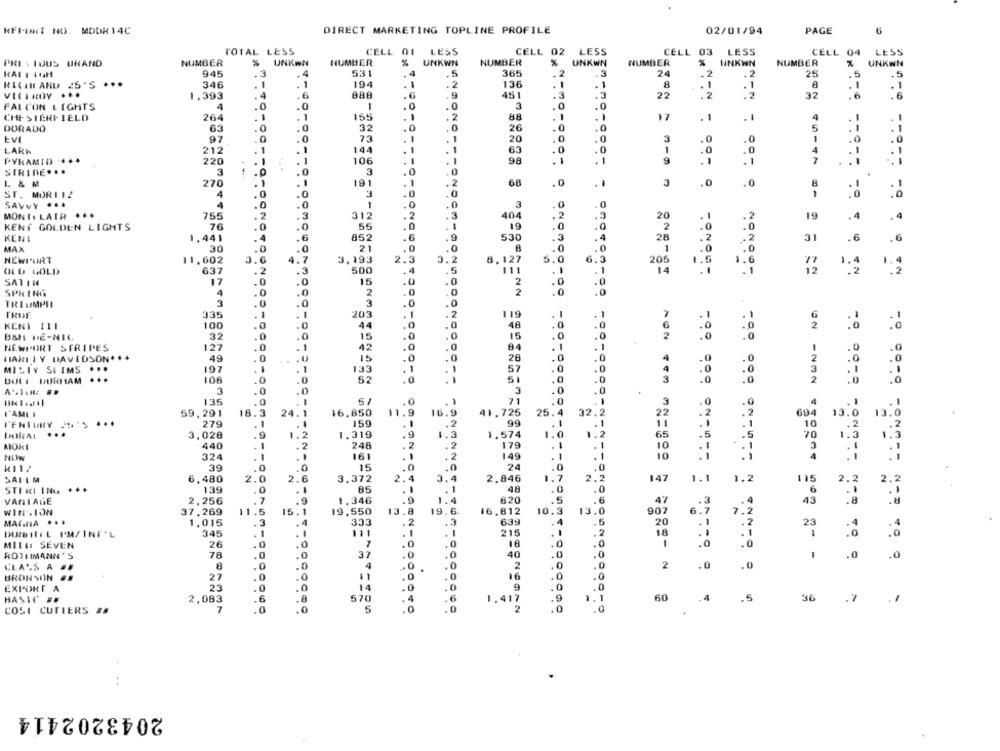
REPORT NO. MODR 14C
DIRECT MARKETING TOPLINE PROFILE
02/01/94
PAGE
6
TOTAL LESS
CELL 01
LESS
CELL 02
LESS
CELL 03 LESS
CELL 04
LESS
PRIS LJUS BRAND
NUMBER
UNKEN
NUMBER
UNKWN
NUMBER
UNKWN
NUMBER
UNKWN
NUMBER
UNKWN
RAL 1 16H
945
3
. 4
531
4
.5
365
12
3
24
. 2
.2
25
136
8
RICH AND 25'S ...
346
194
.2
.
1
.1
8
1.393
.
ABA
.9
451
22
. 2
.2
32
. 6
FALCON LIGHTS
4
.0
1
.0
3
CHESTERFIELD
264
1
165
88
17
. 1
4
. 1
DORADO
63
32
.0
.0
ONO
26
. 0
5
--
.0
. 1
97
73
-
1
20
.0
.0
.0
1
.0
.0
LARK
212
.
144
.
1
. 1
63
. 0
.0
1
.0
.0
4
. 1
.1
PYRAMID ....
220
106
.1
98
9
. 1
.1
7
.
STRINE ...
3
3
.0
L & M
270
.
191
.2
68
.0
..
3
0
ST. MORITZ
4
.0
.0
SAVVY ...
.0
1
3
.0
.0
MONTE LAIR
755
2
312
.2
.3
404
. 2
20
19
.4
.4
76
.O
.0
56
.0
.1
KENT GOLDEN LIGHTS
2
KENI
1.441
.6
852
.6
.9
530
. 4
28
.2
.2
31
.6
MAX
30
.0
21
.0
.0
.0
1
.0
.0
NEWIURT
11,602
1.7
3.193
2.3
3.2
8.127
5.
205
1.5
77
OLD GOLD
637
. 2
.3
500
.5
111
.
14
. 1
12
SATIN
17
.0
15
.0
.0
2
0
SPRINGS
4
0
2
.0
2
.0
.0
TRI ISMPIL
3
3
.0
TRUF
335
203
. 2
119
1
.0
44
48
KENT 111
100
.0
.0
BSH DE-NIC
32
.0
15
.0
15
2
127
42
84
NEWPORT STRIPES
.0
.0
HIAKI ŁY DAVIDSON++4
49
15
.0
26
.0
.0
4
MILTY SI IMS ..
197
133
-
. 1
57
.0
-
BOLI DURHAM
106
0
52
51
.0
3
3
3
.0
135
5
71
3
I'AMI I
59,291
18.3
24.
16.850
11.9
16.9
41.725
25.4
32.2
694
22
13.0
13.
L'ENTURY
279
159
.2
.99
11
10
. 2
3,020
.9
1.319
.9
1.3
1.574
1.0
65
70
440
2
248
179
.. 5
MOKI
-
. 2
10
324
161
. 1
.2
149
-
10
15
24
3º
.0
SAIL M
6,480
2.1
2.6
3.372
.4
3.4
2.846
1.7
2.
147
1.1
1.2
115
STE KI IN .. . ++
139
48
.0
2.2
.1
.1
6
VARIAGE
2,256
.7
1.346
.9
1.4
820
NOO
47
WIN. ION
11.5
19,550
13.8
19.6.
16.812
10.3
90
37,269
15.
6.7
MAINA .
1,015
.4
333
2
.3
639
20
:2
23
DURIEL PM/INT'L
345
. 1
111
. 1
215
18
MILD SEVEN
26
.0
.0
18
.C
1
ROTHMANN'S
78
.0
37
.0
40
.0
4
CLASS A
8
.0
2
2
.0
.0
BRON SON
27
.0
11
.0
16
ON - NON "ZORO= 207 8 -
14
.0
9
0
EXPORT A
23
.0
.0
HASHO
2,083
6
570
.6
1.417
60
.4
.5
36
.7
.1
7
5
.0
.0
2
COSI CUTIERS #A
.
2043202414